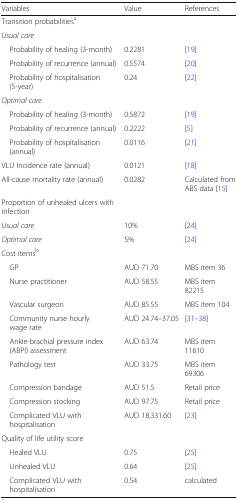
| Variables | Value | References |
 | --- | --- | --- |
 | <COLSPAN=3> Transition probabilitiesa |
 | <COLSPAN=3> Usual care |
 | Probability of healing (3-month) | 0.2281 | [19] |
 | Probability of recurrence (annual) | 0.5574 | [20] |
 | Probability of hospitalisation (5-year) | 0.24 | [22] |
 | <COLSPAN=3> Optimal care |
 | Probability of healing (3-month) | 0.5872 | [19] |
 | Probability of recurrence (annual) | 0.2222 | [5] |
 | Probability of hospitalisation (annual) | 0.0116 | [21] |
 | VLU Incidence rate (annual) | 0.0121 | [18] |
 | All-cause mortality rate (annual) | 0.0282 | Calculated from ABS data [15] |
 | Proportion of unhealed ulcers with infection |  |  |
 | Usual care | 10% | [24] |
 | Optimal care | 5% | [24] |
 | <COLSPAN=3> Cost itemsb |
 | GP | AUD 71.70 | MBS item 36 |
 | Nurse practitioner | AUD 58.55 | MBS item 82215 |
 | Vascular surgeon | AUD 85.55 | MBS item 104 |
 | Community nurse hourly wage rate | AUD 24.74–37.05 | [31–38] |
 | Ankle-brachial pressure index (ABPI) assessment | AUD 63.74 | MBS item 11610 |
 | Pathology test | AUD 33.75 | MBS item 69306 |
 | Compression bandage | AUD 51.5 | Retail price |
 | Compression stocking | AUD 97.75 | Retail price |
 | Complicated VLU with hospitalisation | AUD 18,331.60 | [23] |
 | <COLSPAN=3> Quality of life utility score |
 | Healed VLU | 0.75 | [25] |
 | Unhealed VLU | 0.64 | [25] |
 | Complicated VLU with hospitalisation | 0.54 | calculated |